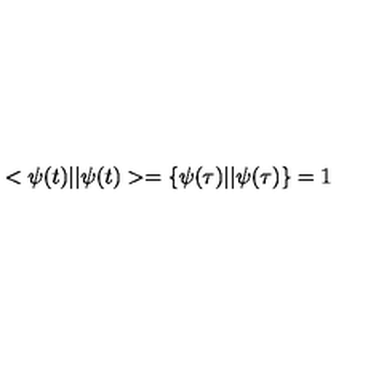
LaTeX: < \psi ( t ) | | \psi ( t ) > = \{ \psi ( \tau ) | | \psi ( \tau ) \} = 1